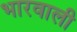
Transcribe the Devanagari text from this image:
भारवाली